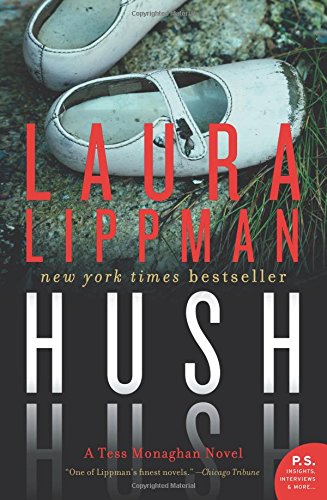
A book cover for Hush Hush: A Tess Monaghan Novel; Laura Lippman; Mystery, Thriller & Suspense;